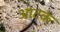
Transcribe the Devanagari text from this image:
आटक